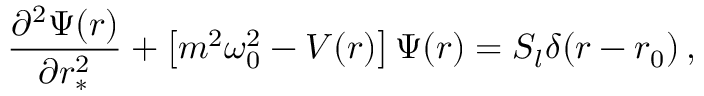
\frac { \partial ^ { 2 } \Psi ( r ) } { \partial r _ { * } ^ { 2 } } + \left\lbrack m ^ { 2 } \omega _ { 0 } ^ { 2 } - V ( r ) \right\rbrack \Psi ( r ) = S _ { l } \delta ( r - r _ { 0 } ) \, ,